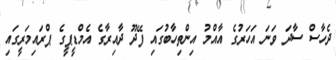
ދެހާސް ސާދަ ވަނަ އަހަރުގެ އާއްމު އިންތިހާބުގައި ފޭދޫ ދާއިރާގެ އެމްޑީޕީގެ ޕްރައިމަރީގައި